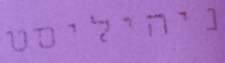
ניהיליסט